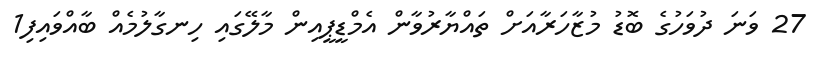
27 ވަނަ ދުވަހުގެ ބޮޑު މުޒާހަރާއަށް ތައްޔާރުވާން އެމްޑީޕީއިން މާލޭގައި ހިނގާލުމެއް ބާއްވައިފި1